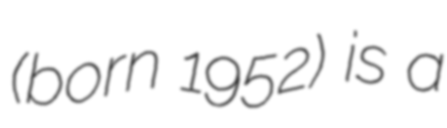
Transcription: (born 1952) is a